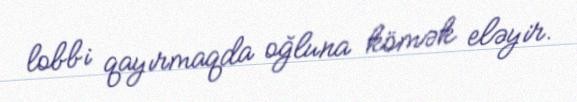
lobbi qayırmaqda oğluna kömək eləyir.